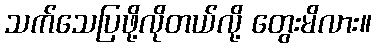
သက်သေပြဖို့လိုတယ်လို့ တွေးမိလား။